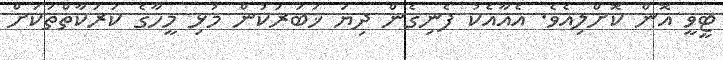
ޓީވީ އޮން ކޮށްލިއެވެ. އެއާއެކު ފެނިގެން ދިޔަ ޚަބަރަކުން މުޅި މީހާގެ ކަރަކާތްތަކަށް